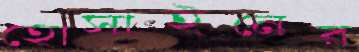
হোসাইনের